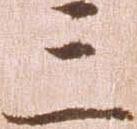
三